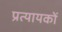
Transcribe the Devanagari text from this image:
प्रत्यायकों